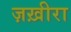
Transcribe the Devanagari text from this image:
ज़ख़ीरा